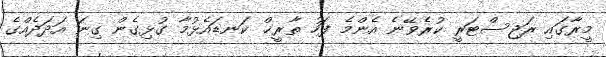
މީރާގައި ރަޖިސްޓަރީ ކުރެވޭނެ އެންމެ ފަހު ތާރީޚް ކަނޑައެޅުމާ ގުޅިގެން ގިނަ އަދަދެއްގެ